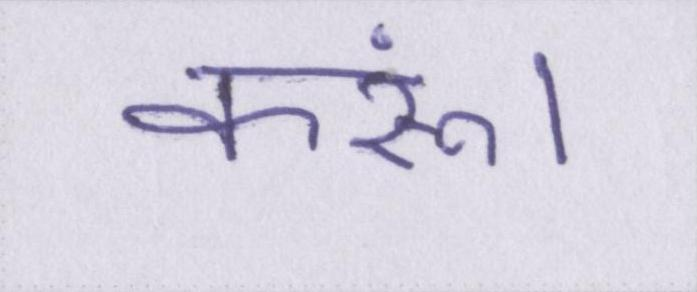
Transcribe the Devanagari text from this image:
करूं।